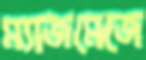
ম্যাজমেজে